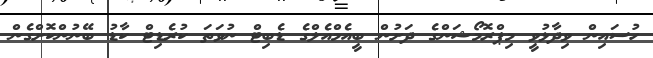
ހުސައިން ވިދާޅުވީ މިޕްރޮމޯޝަންގެ ދަށުން ބީއެމްއެލްގެ ޑެބިޓް ނުވަތަ ކުރެޑިޓް ކާޑު ބޭނުންކޮށްގެން